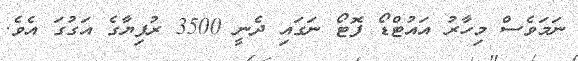
ނަމަވެސް މިހާރު އައުޓްޑޯ ފޮޓޯ ނަގައި ދެނީ 3500 ރުފިޔާގެ އަގުގަ އެވެ.